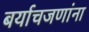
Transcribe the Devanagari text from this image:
बर्याचजणांना